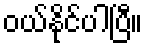
ဝယ်နိုင်ပါပြီ။